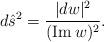
LaTeX: \begin{align*}d{\hat s}^2={|dw|^2\over ({\rm Im}\,w)^{2}}.\end{align*}